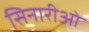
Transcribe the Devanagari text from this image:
सिनारीओ